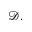
\mathcal { D } .